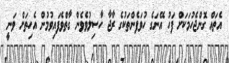
އެތައް ގޮންޖެހުމަކަށް ފަހު އޭނަގެ ހުވަފެންތަކުގެ ރާޖާ ހާސިލުވެވެން ގާތްވެފައިވުމުން އެހިތަށް ވަނީ